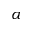
\alpha